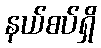
နယ်စပ်ရှိ